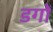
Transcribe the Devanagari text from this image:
डगों